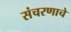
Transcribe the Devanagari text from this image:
संचरणाचे